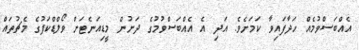
އެއްބަސްވުމެއް ހަދާފައިވާ ކަމަށެވެ. އަދި އެ އެއްބަސްވުމުގެ ދަށުން މީޑިއަނެޓަށް ވޯލްޑްކަޕުގެ މެޗުތައް